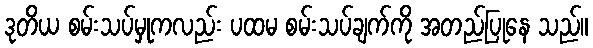
ဒုတိယ စမ်းသပ်မှုကလည်း ပထမ စမ်းသပ်ချက်ကို အတည်ပြုနေ သည်။